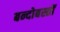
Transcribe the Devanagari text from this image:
बन्दोबस्तों